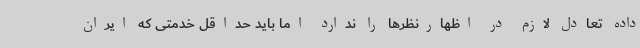
داده تعادل لازم در اظهارنظرها را ندارد اما باید حداقل خدمتی که ایران